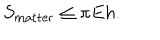
LaTeX: S _ { \mathrm { m a t t e r } } \leq \pi E h .